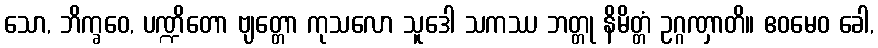
သော, ဘိက္ခဝေ, ပဏ္ဍိတော ဗျတ္တော ကုသလော သူဒေါ သကဿ ဘတ္တု နိမိတ္တံ ဥဂ္ဂဏှာတိ။ ဧဝမေဝ ခေါ,